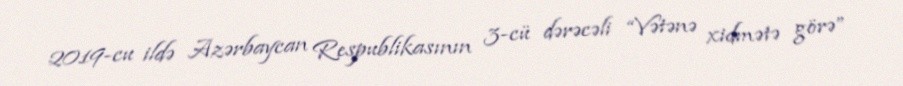
2019-cu ildə Azərbaycan Respublikasının 3-cü dərəcəli “Vətənə xidmətə görə”